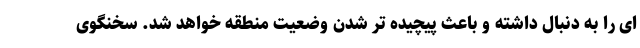
ای را به دنبال داشته و باعث پیچیده تر شدن وضعیت منطقه خواهد شد. سخنگوی